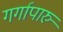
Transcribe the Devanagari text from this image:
गर्गापारु